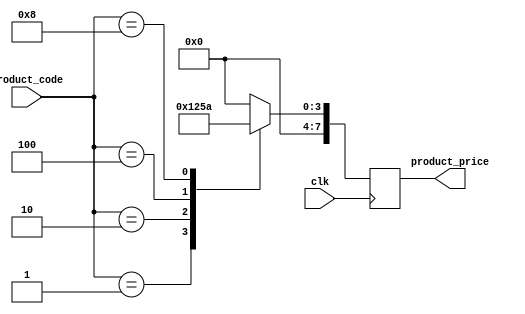
module Product_codetoprice (
	input wire clk,
    input wire [3:0] product_code,    // 
    output reg [7:0] product_price
);


always @(posedge clk) begin
    case (product_code)
        4'b0001: begin 
            product_price <= 8'd1;
        end

        4'b0010: begin 
            product_price <= 8'd2;
        end
        4'b0100: begin 
            product_price <= 8'd5;
        end
        4'b1000: begin 
            product_price <= 8'd10;
        end
        default: begin
			product_price <= 8'd0;
        end
    endcase
end

endmodule